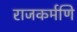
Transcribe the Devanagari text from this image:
राजकर्मणि